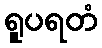
ရူပရတံ